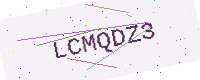
Text: LCMQDZ3